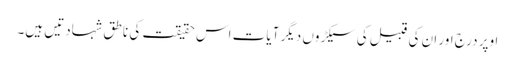
اوپر درج اور ان کی قبیل کی سیکڑوں دیگر آیات اس حقیقت کی ناطق شہادتیں ہیں۔